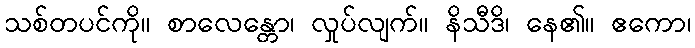
သစ်တပင်ကို။ စာလေန္တော၊ လှုပ်လျက်။ နိသီဒိ၊ နေ၏။ ဧကော၊